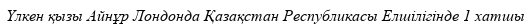
Үлкен қызы Айнұр Лондонда Қазақстан Республикасы Елшілігінде 1 хатшы